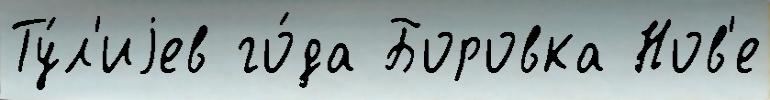
Ту́л'иjев го́да Боровка Нов'е